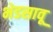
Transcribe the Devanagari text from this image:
भेडसावू